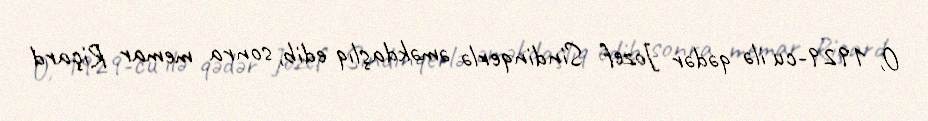
O, 1929-cu ilə qədər Jozef Sindinqerlə əməkdaşlıq edib, sonra memar Riçard